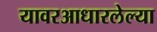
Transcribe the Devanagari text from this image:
यावरआधारलेल्या